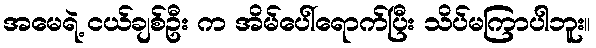
အမေရဲ့ ငယ်ချစ်ဦး က အိမ်ပေါ်ရောက်ပြီး သိပ်မကြာပါဘူး။